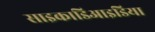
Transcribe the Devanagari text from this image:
साइकाडिआइडिया